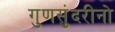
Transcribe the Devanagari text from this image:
गुणसुंदरीनो